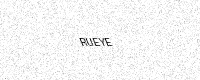
Text: RUEYE